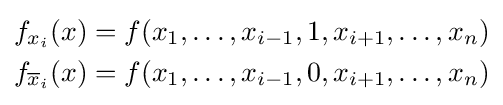
{\begin{aligned}f_{x_{i}}(x)&=f(x_{1},\ldots ,x_{i-1},1,x_{i+1},\ldots ,x_{n})\\f_{{\overline {x}}_{i}}(x)&=f(x_{1},\ldots ,x_{i-1},0,x_{i+1},\ldots ,x_{n})\end{aligned}}